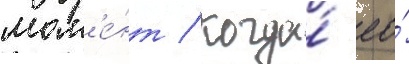
мом'е́нт / когда́ ео́